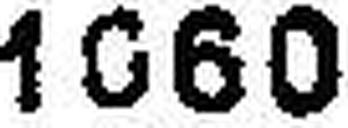
1060